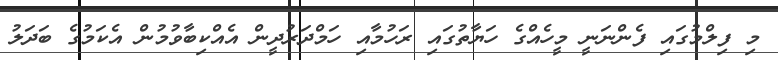
މި ފިލްމުގައި ފެންނަނީ މީހެއްގެ ހަޔާތުގައި ރަހުމާއި ހަމްދަރުދީން އެއްކިބާވުމުން އެކަމުގެ ބަދަލު